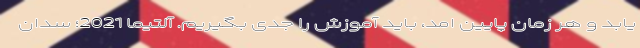
یابد و هر زمان پایین امد، باید آموزش را جدی بگیریم. آلتیما 2021؛ سدان